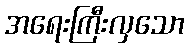
အရေးကြီးလှသော